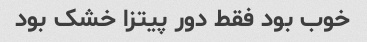
خوب بود فقط دور پیتزا خشک بود